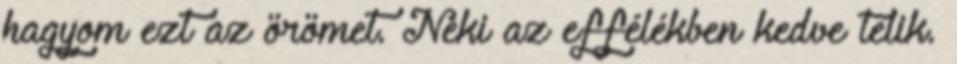
hagyom ezt az örömet. Neki az effélékben kedve telik.